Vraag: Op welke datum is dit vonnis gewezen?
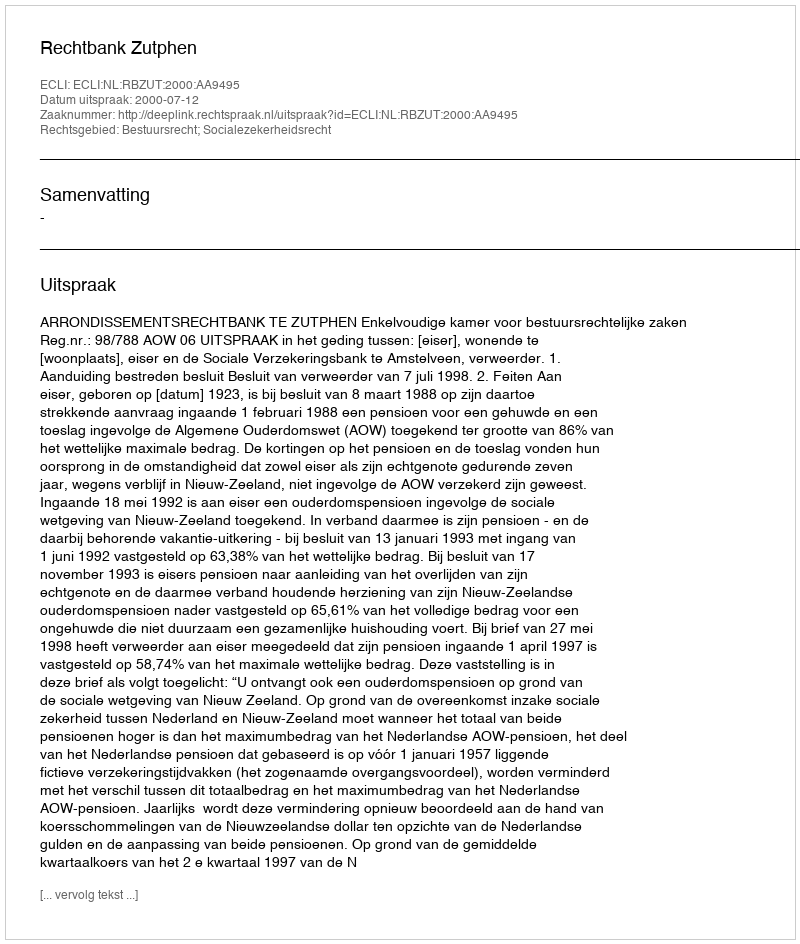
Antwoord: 2000-07-12